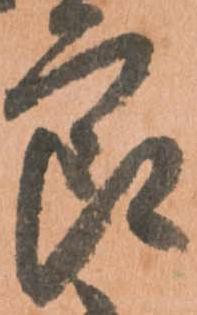
良